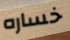
خساره